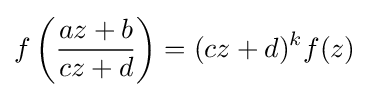
f\left({\frac {az+b}{cz+d}}\right)=(cz+d)^{k}f(z)